Scottish Certificate of Education, 1962
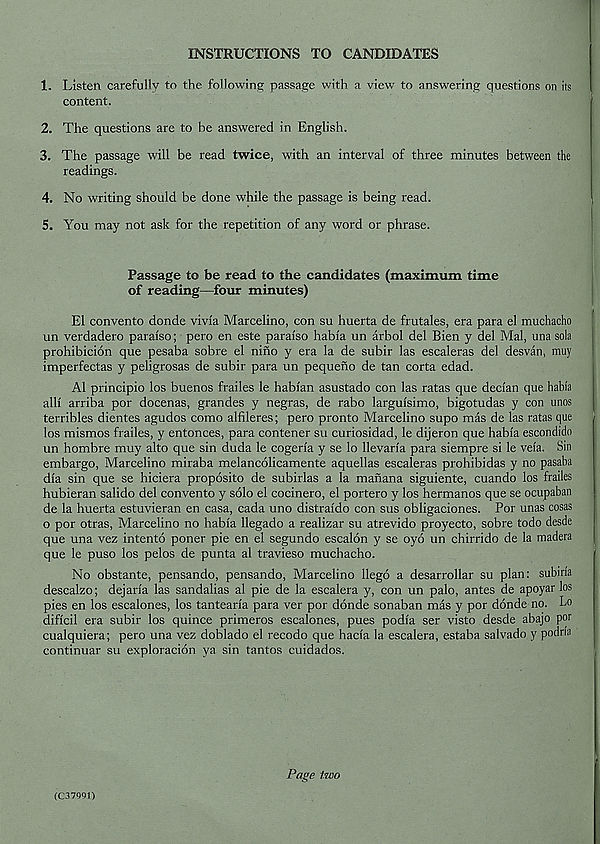
INSTRUCTIONS TO CANDIDATES
1. Listen carefully to the following passage with a view to answering questions on its
content.
2. The questions are to he answered in English.
3. The passage will be read twice, with an interval of three minutes between the
readings.
4. No writing should be done while the passage is being read.
5. You may not ask for the repetition of any word or phrase.
Passage to be read to the candidates (maximum time
of reading—four minutes)
El convento donde vivia Marcelino, con su huerta de frutales, era para el muchacho
un verdadero parai'so; pero en este paraiso habia un arbol del Bien y del Mai, una sola
prohibicion que pesaba sobre el nino y era la de subir las escaleras del desvan, muy
imperfectas y peligrosas de subir para un pequeno de tan corta edad.
A1 principio los buenos frailes le habian asustado con las ratas que decian que habia
alH arriba por docenas, grandes y negras, de rabo larguisimo, bigotudas y con unos
terribles dientes agudos como alfileres; pero pronto Marcelino supo mas de las ratas que
los mismos frailes, y entonces, para contener su curiosidad, le dijeron que habfa escondido
un hombre muy alto que sin duda le cogeria y se lo llevan'a para siempre si le veia. Sin
embargo, Marcelino miraba melancolicamente aquellas escaleras prohibidas y no pasaba
dia sin que se hiciera proposito de subirlas a la manana siguiente, cuando los frailes
hubieran salido del convento y solo el cocinero, el portero y los hermanos que se ocupaban
de la huerta estuvieran en casa, cada uno distraido con sus obligaciones. Por unas cosas
o por otras, Marcelino no habia llegado a realizar su atrevido proyecto, sobre todo desde
que una vez intento poner pie en el segundo escalon y se oyo un chirrido de la madera
que le puso los pelos de punta al travieso muchacho.
No obstante, pensando, pensando, Marcelino llego a desarrollar su plan: subina
descalzo; dejaria las sandalias al pie de la escalera y, con un palo, antes de apoyar los
pies en los escalones, los tantearia para ver por donde sonaban mas y por donde no. Lo
dificil era subir los quince primeros escalones, pues podia ser visto desde abajo por
cualquiera; pero una vez doblado el recodo que hacia la escalera, estaba salvado y podn'a
continual - su exploracion ya sin tantos cuidados.
(037991)
Page two